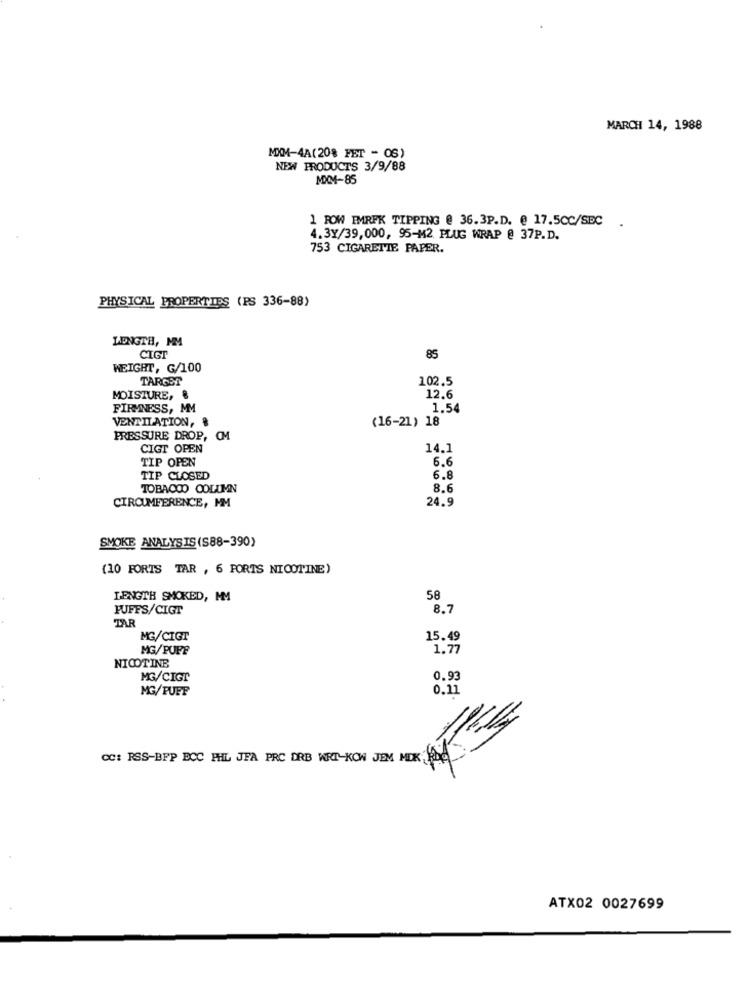
MARCH 14, 1988
MXM-4A(20% FET - 0S)
NEW PRODUCTS 3/9/88
MXM-85
1 ROW EMRFK TIPPING @ 36.3P.D. @ 17.5CC/SEC
4.3Y/39,000, 95-M2 PLUG WRAP @ 37P.D.
753 CIGARETTE PAPER.
PHYSICAL PROPERTIES (PS 336-88)
LENGTE, MM
CIGT
85
WEIGHT, G/100
TARGET
102.5
MOISTURE, &
12.6
FIRMNESS, MM
1.54
VENTILATION, &
(16-21) 18
PRESSURE DROP, OM
CIGT OPEN
14.1
TIP OPEN
6.6
TIP CLOSED
6.8
TOBACCO COLUMN
8.6
24.9
CIRCUMFERENCE, MM
SMOKE ANALYSIS(S88-390)
(10 FORTS TAR , 6 FORTS NICOTINE)
LENGTH SMOKED, MM
58
PUFFS/CIGT
8.7
TAR
MG/CIGT
15.49
MG/PUFF
1.77
NICOTINE
MG/CIGT
0.93
MG/PUFF
0.11
CC: RSS-BFP BCC HIL VER PAC ORB WE-KOW JEM HD
ATX02 0027699